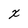
Character: X